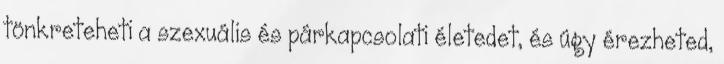
tönkreteheti a szexuális és párkapcsolati életedet, és úgy érezheted,